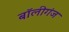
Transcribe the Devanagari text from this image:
बॉलीगंज